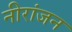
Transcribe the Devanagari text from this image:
नीरांजन